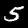
Label: 5